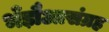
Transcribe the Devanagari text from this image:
भँड़ौआसंग्रह